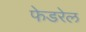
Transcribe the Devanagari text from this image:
फेडरेल